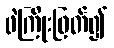
ဖဲကြိုးဖြတ်၍